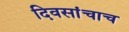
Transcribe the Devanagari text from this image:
दिवसांचाच